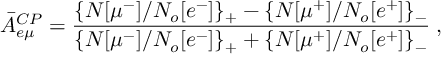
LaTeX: { \bar { A } } _ { e \mu } ^ { C P } = \frac { \large \{ { N [ \mu ^ { - } ] } / { N _ { o } [ e ^ { - } ] } \large \} _ { + } - \large \{ N [ \mu ^ { + } ] / N _ { o } [ e ^ { + } ] \large \} _ { - } } { \large \{ N [ \mu ^ { - } ] / N _ { o } [ e ^ { - } ] \large \} _ { + } + \large \{ N [ \mu ^ { + } ] / N _ { o } [ e ^ { + } ] \large \} _ { - } } \; ,